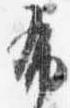
布